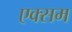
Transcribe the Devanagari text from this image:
एक्सम